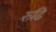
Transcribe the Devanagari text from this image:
रुढि